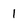
Character: 1